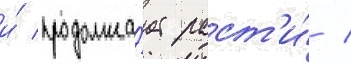
и́ продолжа́ет раст'и́ /